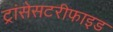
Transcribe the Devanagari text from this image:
ट्रांसेसटरीफाइड